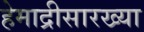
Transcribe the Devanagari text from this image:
हेमाद्रीसारख्या